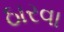
ઠારવા